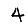
Digit: 4